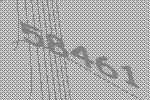
58461